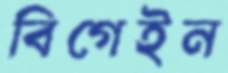
বিগেইন